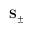
\mathbf { S } _ { \pm }